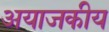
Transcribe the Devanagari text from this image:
अयाजकीय